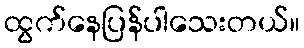
ထွက်နေပြန်ပါသေးတယ်။